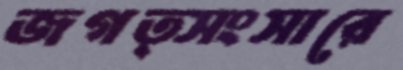
জগত্সংসারে